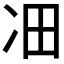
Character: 𪞛